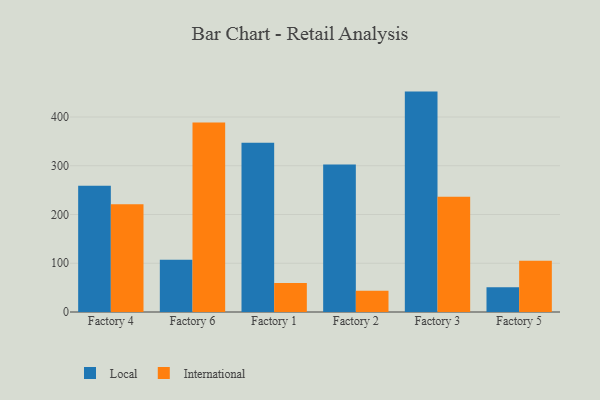
{"axis": {"x": "Factory", "y": "Gross Profit (USD K)"}, "legend": ["International", "Local"], "data": [{"x": "Factory 4", "y": 258.8, "type": "Local"}, {"x": "Factory 4", "y": 221.0, "type": "International"}, {"x": "Factory 6", "y": 107.3, "type": "Local"}, {"x": "Factory 6", "y": 388.9, "type": "International"}, {"x": "Factory 1", "y": 347.1, "type": "Local"}, {"x": "Factory 1", "y": 59.4, "type": "International"}, {"x": "Factory 2", "y": 302.7, "type": "Local"}, {"x": "Factory 2", "y": 43.7, "type": "International"}, {"x": "Factory 3", "y": 452.1, "type": "Local"}, {"x": "Factory 3", "y": 236.4, "type": "International"}, {"x": "Factory 5", "y": 50.7, "type": "Local"}, {"x": "Factory 5", "y": 105.0, "type": "International"}]}